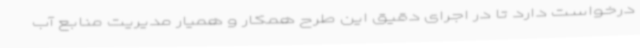
درخواست دارد تا در اجرای دقیق این طرح همکار و همیار مدیریت منابع آب